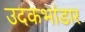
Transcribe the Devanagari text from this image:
उदकभांडार